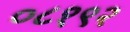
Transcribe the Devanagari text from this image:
०८१९२